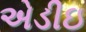
એડીઇ